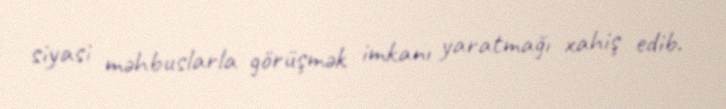
siyasi məhbuslarla görüşmək imkanı yaratmağı xahiş edib.